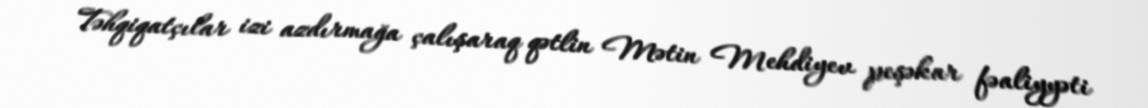
Təhqiqatçılar izi azdırmağa çalışaraq qətlin Mətin Mehdiyev peşəkar fəaliyyəti